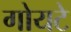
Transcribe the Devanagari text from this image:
गोयटे